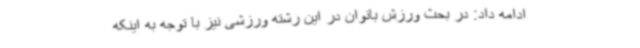
ادامه داد: در بحث ورزش بانوان در این رشته ورزشی نیز با توجه به اینکه